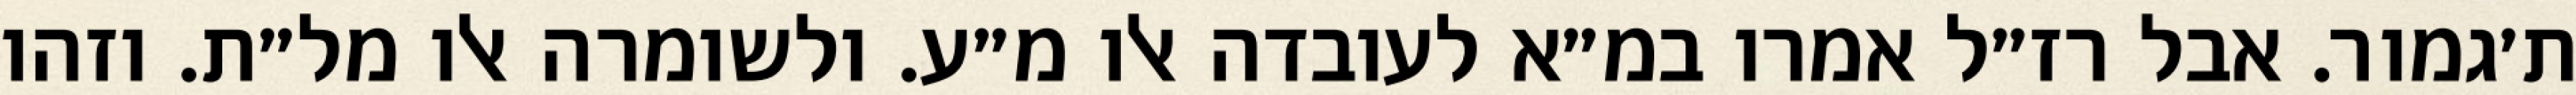
ת׳גמור. אבל רז״ל אמרו במ״א לעובדה אלו מ״ע. ולשומרה אלו מל״ת. וזהו